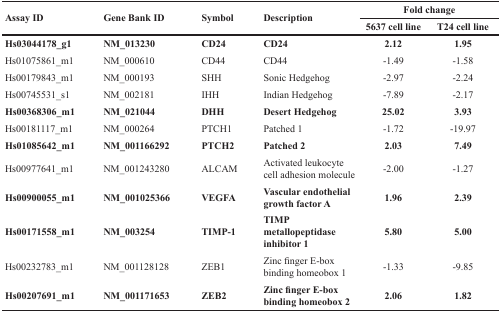
<table><thead><tr><td rowspan="2"><b>Assay ID</b></td><td rowspan="2"><b>Gene Bank ID</b></td><td rowspan="2"><b>Symbol</b></td><td rowspan="2"><b>Description</b></td><td colspan="2"><b>Fold change</b></td></tr><tr><td><b>5637 cell line</b></td><td><b>T24 cell line</b></td></tr></thead><tbody><tr><td><b>Hs03044178_g1</b></td><td><b>NM_013230</b></td><td><b>CD24</b></td><td><b>CD24</b></td><td><b>2.12</b></td><td><b>1.95</b></td></tr><tr><td>Hs01075861_m1</td><td>NM_000610</td><td>CD44</td><td>CD44</td><td>−1.49</td><td>−1.58</td></tr><tr><td>Hs00179843_m1</td><td>NM_000193</td><td>SHH</td><td>Sonic Hedgehog</td><td>−2.97</td><td>−2.24</td></tr><tr><td>Hs00745531_s1</td><td>NM_002181</td><td>IHH</td><td>Indian Hedgehog</td><td>−7.89</td><td>−2.17</td></tr><tr><td><b>Hs00368306_m1</b></td><td><b>NM_021044</b></td><td><b>DHH</b></td><td><b>Desert Hedgehog</b></td><td><b>25.02</b></td><td><b>3.93</b></td></tr><tr><td>Hs00181117_m1</td><td>NM_000264</td><td>PTCH1</td><td>Patched 1</td><td>−1.72</td><td>−19.97</td></tr><tr><td><b>Hs01085642_m1</b></td><td><b>NM_001166292</b></td><td><b>PTCH2</b></td><td><b>Patched 2</b></td><td><b>2.03</b></td><td><b>7.49</b></td></tr><tr><td>Hs00977641_m1</td><td>NM_001243280</td><td>ALCAM</td><td>Activated leukocyte cell adhesion molecule</td><td>−2.00</td><td>−1.27</td></tr><tr><td><b>Hs00900055_m1</b></td><td><b>NM_001025366</b></td><td><b>VEGFA</b></td><td><b>Vascular endothelial growth factor A</b></td><td><b>1.96</b></td><td><b>2.39</b></td></tr><tr><td><b>Hs00171558_m1</b></td><td><b>NM_003254</b></td><td><b>TIMP-1</b></td><td><b>TIMP metallopeptidase inhibitor 1</b></td><td><b>5.80</b></td><td><b>5.00</b></td></tr><tr><td>Hs00232783_m1</td><td>NM_001128128</td><td>ZEB1</td><td>Zinc finger E-box binding homeobox 1</td><td>−1.33</td><td>−9.85</td></tr><tr><td><b>Hs00207691_m1</b></td><td><b>NM_001171653</b></td><td><b>ZEB2</b></td><td><b>Zinc finger E-box binding homeobox 2</b></td><td><b>2.06</b></td><td><b>1.82</b></td></tr></tbody></table>